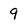
Character: 9